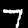
Label: 7